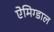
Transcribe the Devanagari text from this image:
ऐमिग्डाल